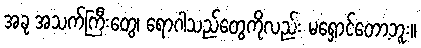
အခု အသက်ကြီးတွေ၊ ရောဂါသည်တွေကိုလည်း မရှောင်တော့ဘူး။